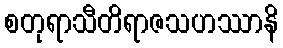
စတုရာသီတိရာဇသဟဿာနိ